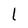
Character: l